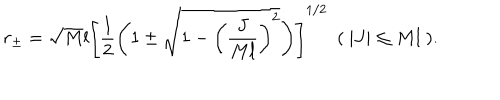
r _ { \pm } = \sqrt { M } l \left[ \frac { 1 } { 2 } \left( 1 \pm \sqrt { 1 - \left( \frac { J } { M l } \right) ^ { 2 } } \right) \right] ^ { 1 / 2 } ~ ~ ( ~ | J | \leq M l ~ ) .